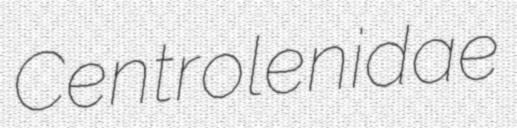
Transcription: Centrolenidae